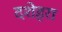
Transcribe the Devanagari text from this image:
दशेहरा